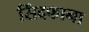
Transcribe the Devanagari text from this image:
सिंदफाना